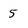
Character: 5